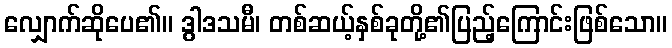
လျှောက်ဆိုပေ၏။ ဒွါဒသမီ၊ တစ်ဆယ့်နှစ်ခုတို့၏ပြည့်ကြောင်းဖြစ်သော။